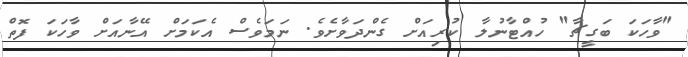
"ވާހަކަ ބަގީޗާ" ހުއްޓާނުލާ ކުރިއަށް ގެންދަވާށެވެ. ނަމަވެސް އެކަމަށް އޭނާއަށް ވާހަކަ ފޮތް